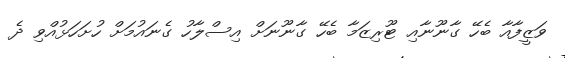
ވަޒީފާއާ ބެހޭ ގާނޫނާއި ޓޫރިޒަމާ ބެހޭ ގާނޫނަށް އިސްލާހު ގެނައުމަށް ހުށަހަޅުއްވި ދެ